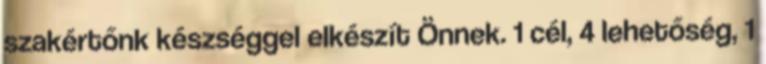
szakértőnk készséggel elkészít Önnek. 1 cél, 4 lehetőség, 1